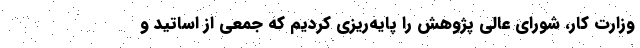
وزارت کار، شورای عالی پژوهش را پایه‌ریزی کردیم که جمعی از اساتید و